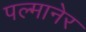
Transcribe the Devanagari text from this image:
पल्मानेर